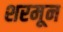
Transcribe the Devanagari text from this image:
शरमून